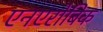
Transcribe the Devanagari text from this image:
एनएरोबिक